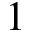
1